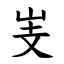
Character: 㞿